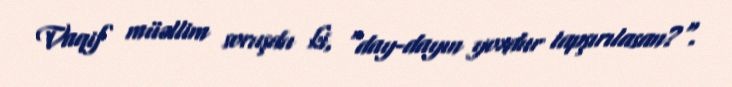
Vaqif müəllim soruşdu ki, "day-dayın yoxdur tapşırılasan?".